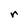
Character: r